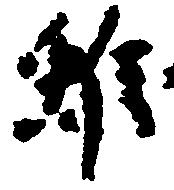
雖